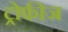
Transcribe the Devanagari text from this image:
ट्रोफीज